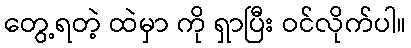
တွေ့ရတဲ့ ထဲမှာ ကို ရှာပြီး ဝင်လိုက်ပါ။